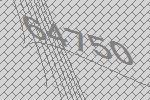
64750